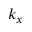
k _ { x }